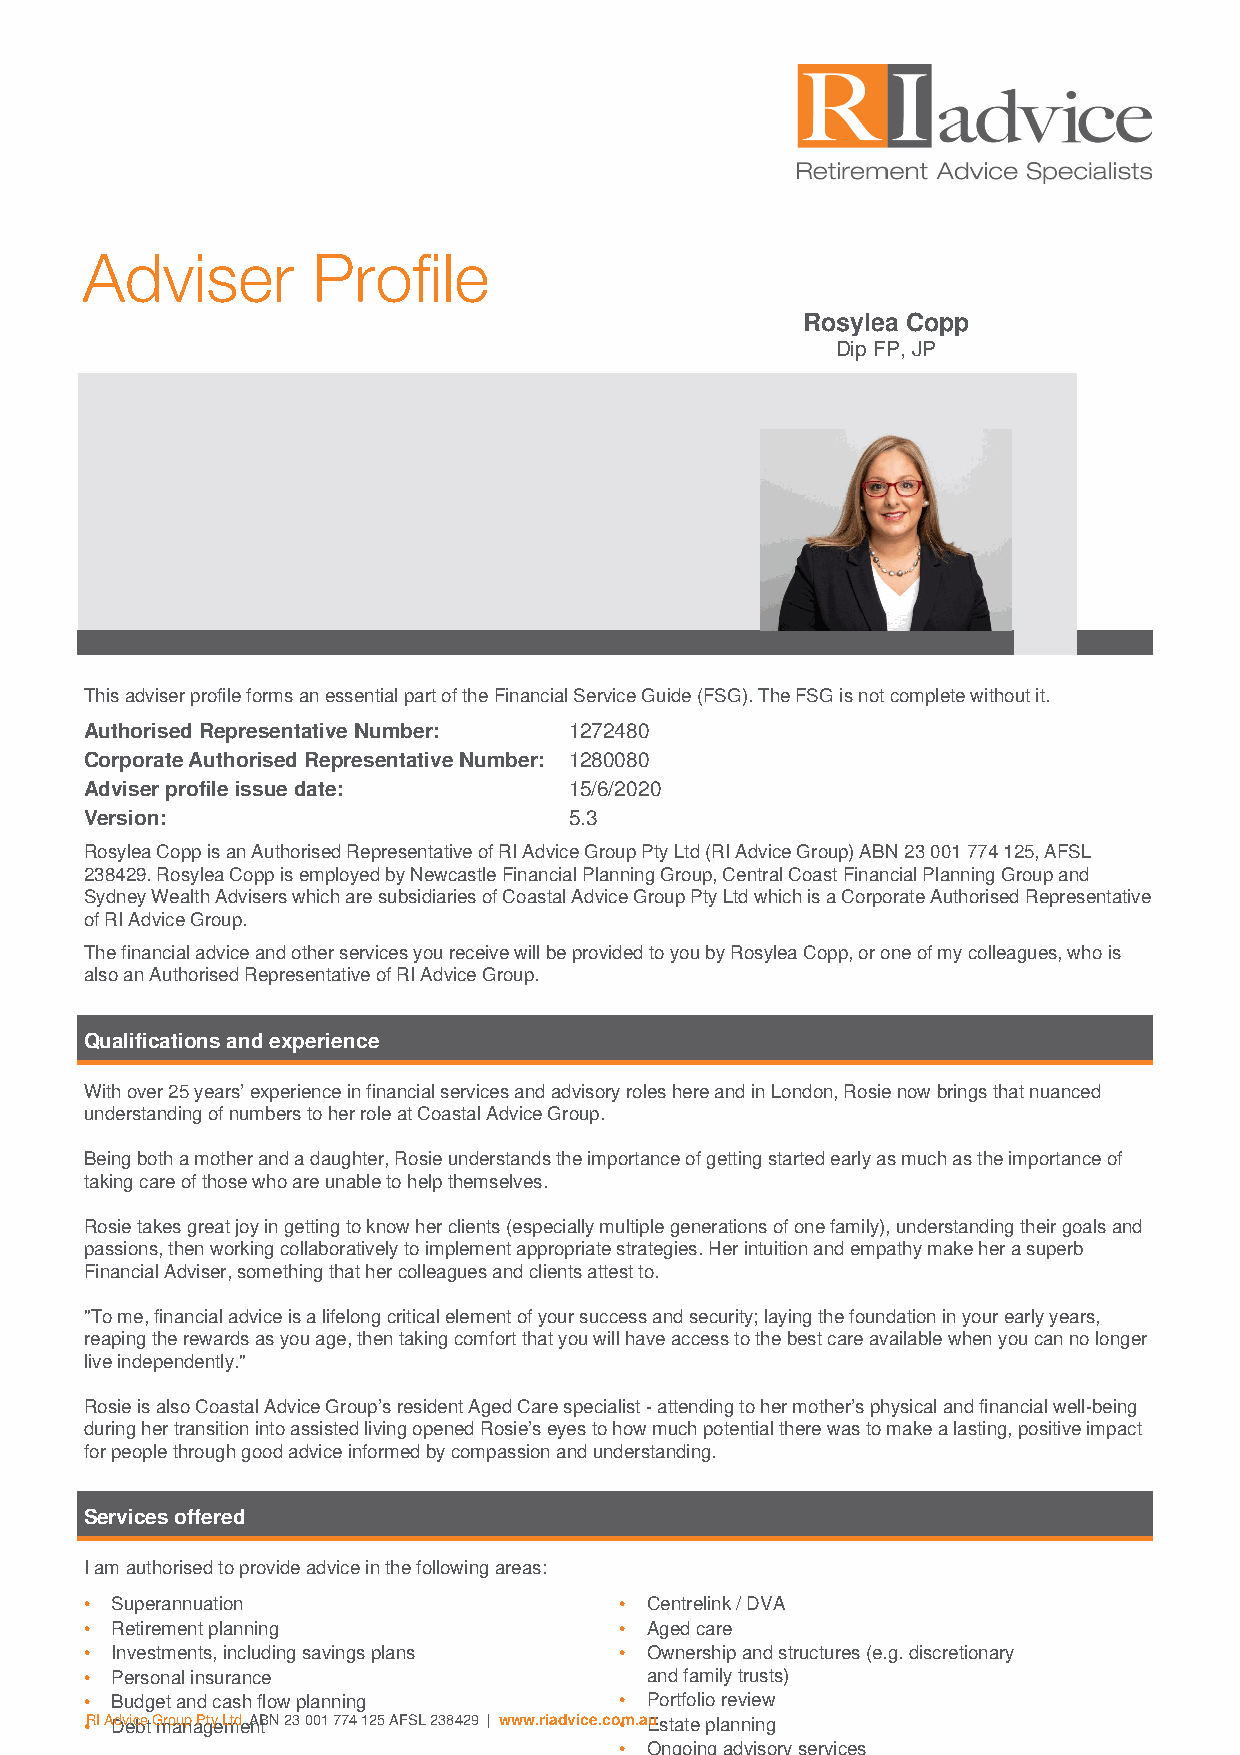
Adviser         Profile
 Rosylea Copp
 Dip FP, JP
 This adviser profile forms an essential part of the Financial Service Guide (FSG). The FSG is not complete without it.
 Authorised Representative Number: 1272480
 Corporate Authorised Representative Number: 1280080
 Adviser profile issue date:     15/6/2020
 Version:                        5.3
 Rosylea Copp is an Authorised Representative of RI Advice Group Pty Ltd (RI Advice Group) ABN 23 001 774 125, AFSL
 238429. Rosylea Copp is employed by Newcastle Financial Planning Group, Central Coast Financial Planning Group and
 Sydney Wealth Advisers which are subsidiaries of Coastal Advice Group Pty Ltd which is a Corporate Authorised Representative
 of RI Advice Group.
 The financial advice and other services you receive will be provided to you by Rosylea Copp, or one of my colleagues, who is
 also an Authorised Representative of RI Advice Group.
 Qualifications and experience
 With over 25 years’ experience in financial services and advisory roles here and in London, Rosie now brings that nuanced
 understanding of numbers to her role at Coastal Advice Group.
 Being both a mother and a daughter, Rosie understands the importance of getting started early as much as the importance of
 taking care of those who are unable to help themselves.
 Rosie takes great joy in getting to know her clients (especially multiple generations of one family), understanding their goals and
 passions, then working collaboratively to implement appropriate strategies. Her intuition and empathy make her a superb
 Financial Adviser, something that her colleagues and clients attest to.
 "To me, financial advice is a lifelong critical element of your success and security; laying the foundation in your early years,
 reaping the rewards as you age, then taking comfort that you will have access to the best care available when you can no longer
 live independently."
 Rosie is also Coastal Advice Group’s resident Aged Care specialist - attending to her mother’s physical and financial well-being
 during her transition into assisted living opened Rosie’s eyes to how much potential there was to make a lasting, positive impact
 for people through good advice informed by compassion and understanding.
 Services offered
 I am authorised to provide advice in the following areas:
 • Superannuation                   • Centrelink / DVA
 • Retirement planning              • Aged care
 • Investments, including savings plans • Ownership and structures (e.g. discretionary
 • Personal insurance                 and family trusts)
 • Budget and cash flow planning    • Portfolio review
 •RI ADdveicbet Gmroaunpa Pgtye Lmtde nABtN 23 001 774 125 AFSL 238429 | www.riadvice.co•m.aEustate planning
 • Ongoing advisory services